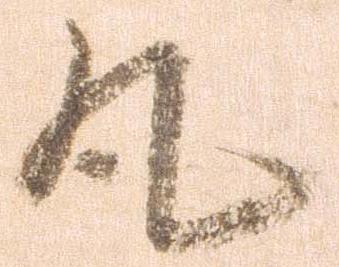
丸